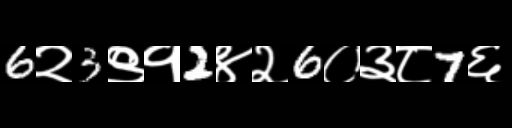
Text: 6२3९१2४२6०३८7६